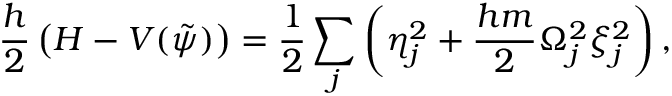
\frac { h } { 2 } \left( H - V ( \tilde { \psi } ) \right) = \frac { 1 } { 2 } \sum _ { j } \left( \eta _ { j } ^ { 2 } + \frac { h m } { 2 } \Omega _ { j } ^ { 2 } \xi _ { j } ^ { 2 } \right) ,